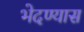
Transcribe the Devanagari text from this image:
भेदण्यास